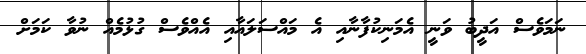
ނަމަވެސް އަދީބު ވަނީ އެމަނިކުފާނާއި އެ މައްސަލައާއި އެއްވެސް ގުޅުމެއް ނުވާ ކަމަށް